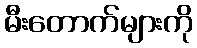
မီးတောက်များကို